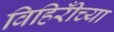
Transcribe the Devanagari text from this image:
विहिरीँच्या